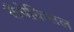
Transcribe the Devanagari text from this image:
कैपेकिसल